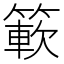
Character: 簐